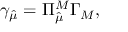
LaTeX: \gamma _ { \hat { \mu } } = \Pi _ { \hat { \mu } } ^ { M } \Gamma _ { M } ,